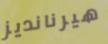
هيرنانديز